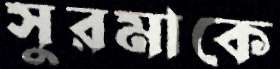
সুরমাকে